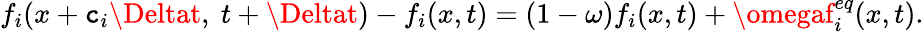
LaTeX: f_{i}(x+\mathtt{c}_{i}\Deltat,~t+\Deltat)-f_{i}(x,t)=(1-\omega)f_{i}(x,t)+\omegaf_{i}^{eq}(x,t).